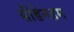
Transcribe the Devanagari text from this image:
सीडेनहम